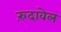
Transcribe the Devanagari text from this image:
रुंदावेल